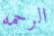
الرحمه